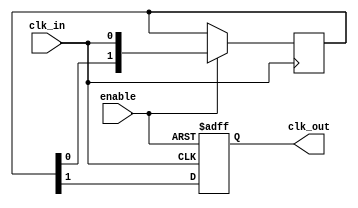
module Clock_Buffer (
    input wire clk_in,        // Single-ended clock input
    input wire enable,        // Enable signal to control the buffer
    output reg clk_out        // Buffered clock output
);

// Internal signals to create a delay
reg [1:0] buffer; // Multi-stage buffer to amplify the clock signal

// Buffering logic
always @(posedge clk_in or negedge enable) begin
    if (!enable) begin
        clk_out <= 1'b0; // Output is low when disabled
    end else begin
        // Simple two-stage amplification
        buffer[0] <= clk_in;         // First stage buffer
        buffer[1] <= buffer[0];      // Second stage buffer
        clk_out <= buffer[1];         // Output clock is taken from the last buffer stage
    end
end

endmodule